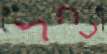
כחל